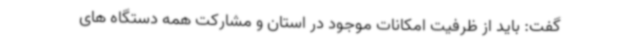
گفت: باید از ظرفیت امکانات موجود در استان و مشارکت همه دستگاه های